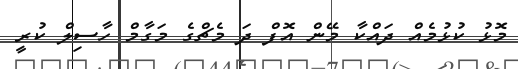
މޮޅު ކުޅުމެއް ދައްކާ މޭން އޮފް ދަ މެޗްގެ މަގާމް ހާސިލް ކުރީ